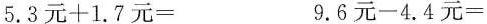
$$5 . 3 \text { 元 } + 1 . 7 \text { 元 } =$$ $$9 . 6 \text { 元 } - 4 . 4 \text { 元 } =$$